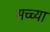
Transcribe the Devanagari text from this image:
सच्च्या